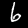
Label: 6